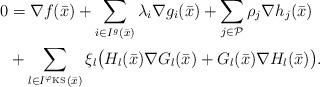
LaTeX: \begin{align*}0&=\nabla f(\bar x)+\sum\limits_{i\in I^g(\bar x)}\lambda_i\nabla g_i(\bar x)+\sum\limits_{j\in\mathcal P}\rho_j\nabla h_j(\bar x)\\ & +\sum\limits_{l\in I^{\varphi_\textup{KS}}(\bar x)}\xi_l\bigl(H_l(\bar x)\nabla G_l(\bar x)+G_l(\bar x)\nabla H_l(\bar x)\bigr).\end{align*}